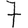
Digit: 7